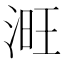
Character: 𣶪